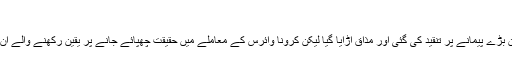
'
اگرچہ اُن مطاۃرین کے رویے پرآن لائن بڑے پیمانے پر تنقید کی گئی اور مذاق اڑایا گیا لیکن کرونا وائرس کے معاملے میں حقیقت چھپائے جانے پر یقین رکھنے والے ان مظاہرین کو ریاستی تحفظ فراہم کیا گیا۔